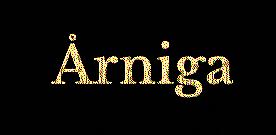
Årniga